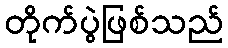
တိုက်ပွဲဖြစ်သည်